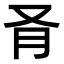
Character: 𪠥